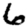
Digit: 6